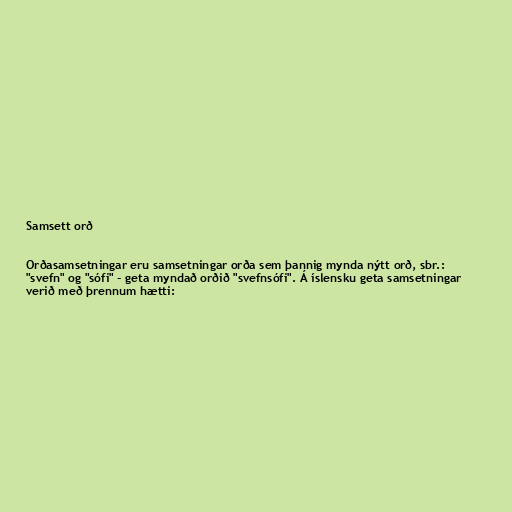
Samsett orð

Orðasamsetningar eru samsetningar orða sem þannig mynda nýtt orð, sbr.:
"svefn" og "sófi" - geta myndað orðið "svefnsófi". Á íslensku geta samsetningar
verið með þrennum hætti: